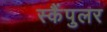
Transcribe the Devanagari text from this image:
स्कैंपुलर